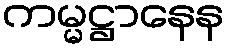
ကမ္မဋ္ဌာနေန